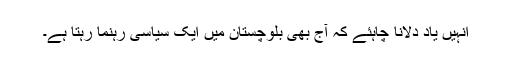
انہیں یاد دلانا چاہئے کہ آج بھی بلوچستان میں ایک سیاسی رہنما رہتا ہے۔